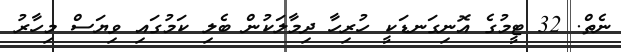
ނެތް. 32 ޓީމުގެ އޮނިގަނޑަކީ ހުރިހާ ދިމާލަކުން ބެލި ކަމުގައި ވިޔަސް މިހާރު